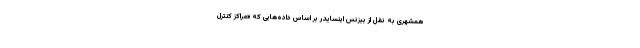
همشهری به نقل از بیزنس اینسایدر بر اساس داده‌هایی که «مراکز کنترل